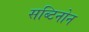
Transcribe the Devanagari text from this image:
सब्टिनोन